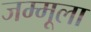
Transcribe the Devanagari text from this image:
जम्मूला